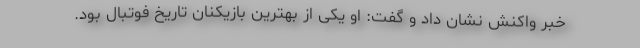
خبر واکنش نشان داد و گفت: او یکی از بهترین بازیکنان تاریخ فوتبال بود.